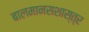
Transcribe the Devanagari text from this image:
बालमानसशास्त्र